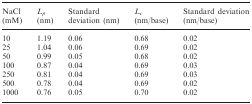
<table><thead><tr><td><b>NaCl (mM)</b></td><td><b><i>L<sub>p</sub></i> (nm)</b></td><td><b>Standard deviation (nm)</b></td><td><b><i>L<sub>c</sub></i> (nm/base)</b></td><td><b>Standard deviation (nm/base)</b></td></tr></thead><tbody><tr><td>10</td><td>1.19</td><td>0.06</td><td>0.68</td><td>0.02</td></tr><tr><td>25</td><td>1.04</td><td>0.06</td><td>0.69</td><td>0.02</td></tr><tr><td>50</td><td>0.99</td><td>0.05</td><td>0.68</td><td>0.02</td></tr><tr><td>100</td><td>0.87</td><td>0.04</td><td>0.69</td><td>0.03</td></tr><tr><td>250</td><td>0.81</td><td>0.04</td><td>0.69</td><td>0.03</td></tr><tr><td>500</td><td>0.78</td><td>0.04</td><td>0.69</td><td>0.02</td></tr><tr><td>1000</td><td>0.76</td><td>0.05</td><td>0.70</td><td>0.02</td></tr></tbody></table>